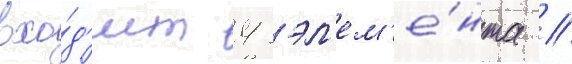
вхо́д'ит 4 эл'ем'е́нта //